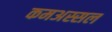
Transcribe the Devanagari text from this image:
कमअस्सल